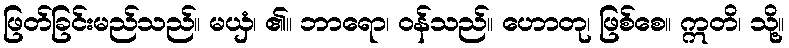
ဖြတ်ခြင်းမည်သည်။ မယှံ၊ ၏။ ဘာရော၊ ဝန်သည်။ ဟောတု၊ ဖြစ်စေ။ ဣတိ၊ သို့။